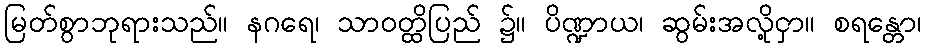
မြတ်စွာဘုရားသည်။ နဂရေ၊ သာဝတ္ထိပြည် ၌။ ပိဏ္ဍာယ၊ ဆွမ်းအလို့ငှာ။ စရန္တော၊